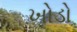
ખોડો